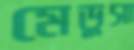
মেডুসা